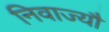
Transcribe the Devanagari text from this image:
निवाज्यौ